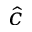
\hat { c }